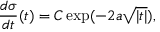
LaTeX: { \frac { d \sigma } { d t } } ( t ) = C \exp ( - 2 a \sqrt { | t | } ) ,